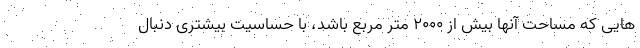
هایی که مساحت آنها بیش از ۲۰۰۰ متر مربع باشد، با حساسیت بیشتری دنبال